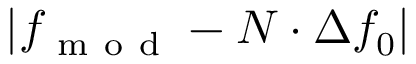
| f _ { \mathrm { ~ m ~ o ~ d ~ } } - N \cdot \Delta f _ { 0 } |